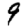
Digit: 9